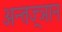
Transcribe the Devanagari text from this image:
अन्तज्र्ञान